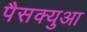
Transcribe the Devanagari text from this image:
पैसक्युआ